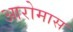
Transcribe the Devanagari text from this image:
आरोमास